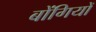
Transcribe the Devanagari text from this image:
बोंगियों